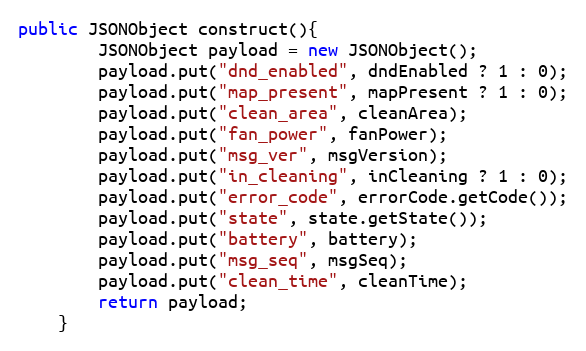
Language: Java
public JSONObject construct(){
        JSONObject payload = new JSONObject();
        payload.put("dnd_enabled", dndEnabled ? 1 : 0);
        payload.put("map_present", mapPresent ? 1 : 0);
        payload.put("clean_area", cleanArea);
        payload.put("fan_power", fanPower);
        payload.put("msg_ver", msgVersion);
        payload.put("in_cleaning", inCleaning ? 1 : 0);
        payload.put("error_code", errorCode.getCode());
        payload.put("state", state.getState());
        payload.put("battery", battery);
        payload.put("msg_seq", msgSeq);
        payload.put("clean_time", cleanTime);
        return payload;
    }